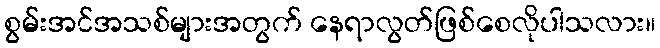
စွမ်းအင်အသစ်များအတွက် နေရာလွတ်ဖြစ်စေလိုပါသလား။